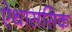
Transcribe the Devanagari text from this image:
ऐथाससिक